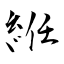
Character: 絍